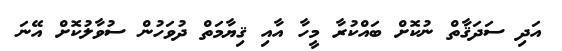
އަދި ސަދަޤާތް ނުކޮށް ބައްކުރާ މީހާ އާއި ޤިޔާމަތް ދުވަހުން ސުވާލުކޮށް އޭނަ